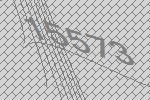
15573